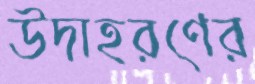
উদাহরণের